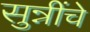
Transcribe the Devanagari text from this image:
सुन्नींचे